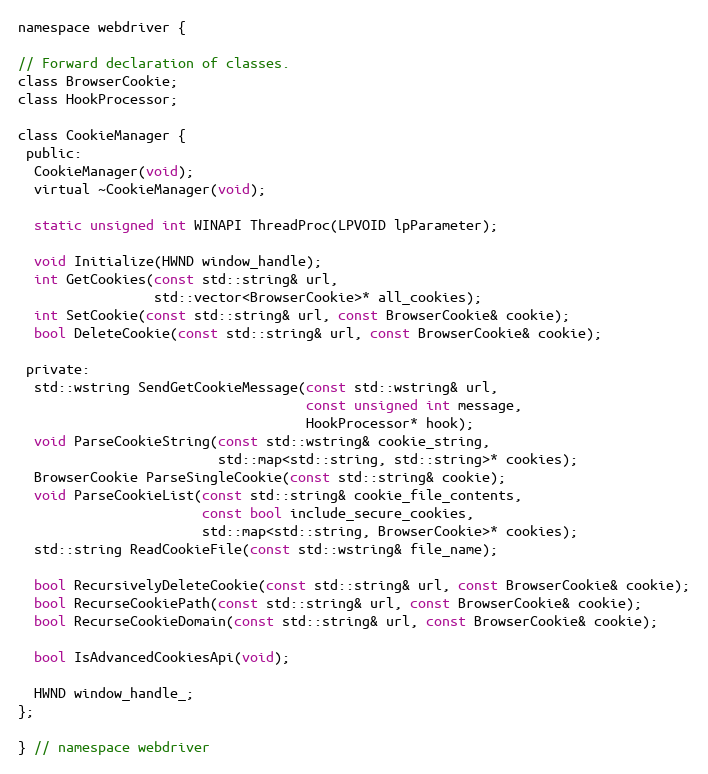
Language: C
namespace webdriver {

// Forward declaration of classes.
class BrowserCookie;
class HookProcessor;

class CookieManager {
 public:
  CookieManager(void);
  virtual ~CookieManager(void);

  static unsigned int WINAPI ThreadProc(LPVOID lpParameter);

  void Initialize(HWND window_handle);
  int GetCookies(const std::string& url,
                 std::vector<BrowserCookie>* all_cookies);
  int SetCookie(const std::string& url, const BrowserCookie& cookie);
  bool DeleteCookie(const std::string& url, const BrowserCookie& cookie);

 private:
  std::wstring SendGetCookieMessage(const std::wstring& url,
                                    const unsigned int message,
                                    HookProcessor* hook);
  void ParseCookieString(const std::wstring& cookie_string,
                         std::map<std::string, std::string>* cookies);
  BrowserCookie ParseSingleCookie(const std::string& cookie);
  void ParseCookieList(const std::string& cookie_file_contents,
                       const bool include_secure_cookies,
                       std::map<std::string, BrowserCookie>* cookies);
  std::string ReadCookieFile(const std::wstring& file_name);

  bool RecursivelyDeleteCookie(const std::string& url, const BrowserCookie& cookie);
  bool RecurseCookiePath(const std::string& url, const BrowserCookie& cookie);
  bool RecurseCookieDomain(const std::string& url, const BrowserCookie& cookie);

  bool IsAdvancedCookiesApi(void);

  HWND window_handle_;
};

} // namespace webdriver